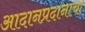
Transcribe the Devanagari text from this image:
आदानप्रदानाचा